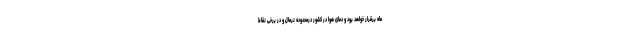
ماه برقرار خواهد بود و دمای هوا در کشور درمحدوده نرمال و در برخی نقاط